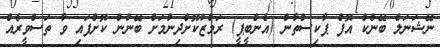
ނޭޝަނަލް ބޭންކް އޮފް ޕާކިސްތާން (އެންބީޕީ) ރަމްޒުކޮށްދިނުމަށް ބޭނުން ކޮށްފައި ވާ ތަސްވީރެއް